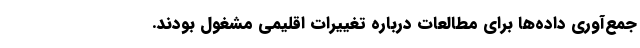
جمع‌آوری داده‌ها برای مطالعات درباره تغییرات اقلیمی مشغول بودند.